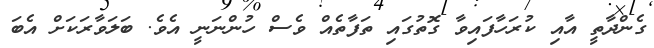
ގެންދާތީ އާއި ކުރަހާފައިވާ ގޮތުގައި ތަފާތެއް ވެސް ހުންނަނީ އެވެ. ބަލަވާރަކަށް އެބަ